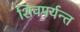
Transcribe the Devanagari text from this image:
शिवपर्यन्त